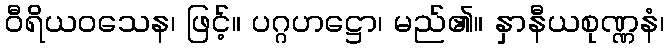
ဝီရိယဝသေန၊ ဖြင့်။ ပဂ္ဂဟဋ္ဌော၊ မည်၏။ နှာနီယစုဏ္ဏနံ၊